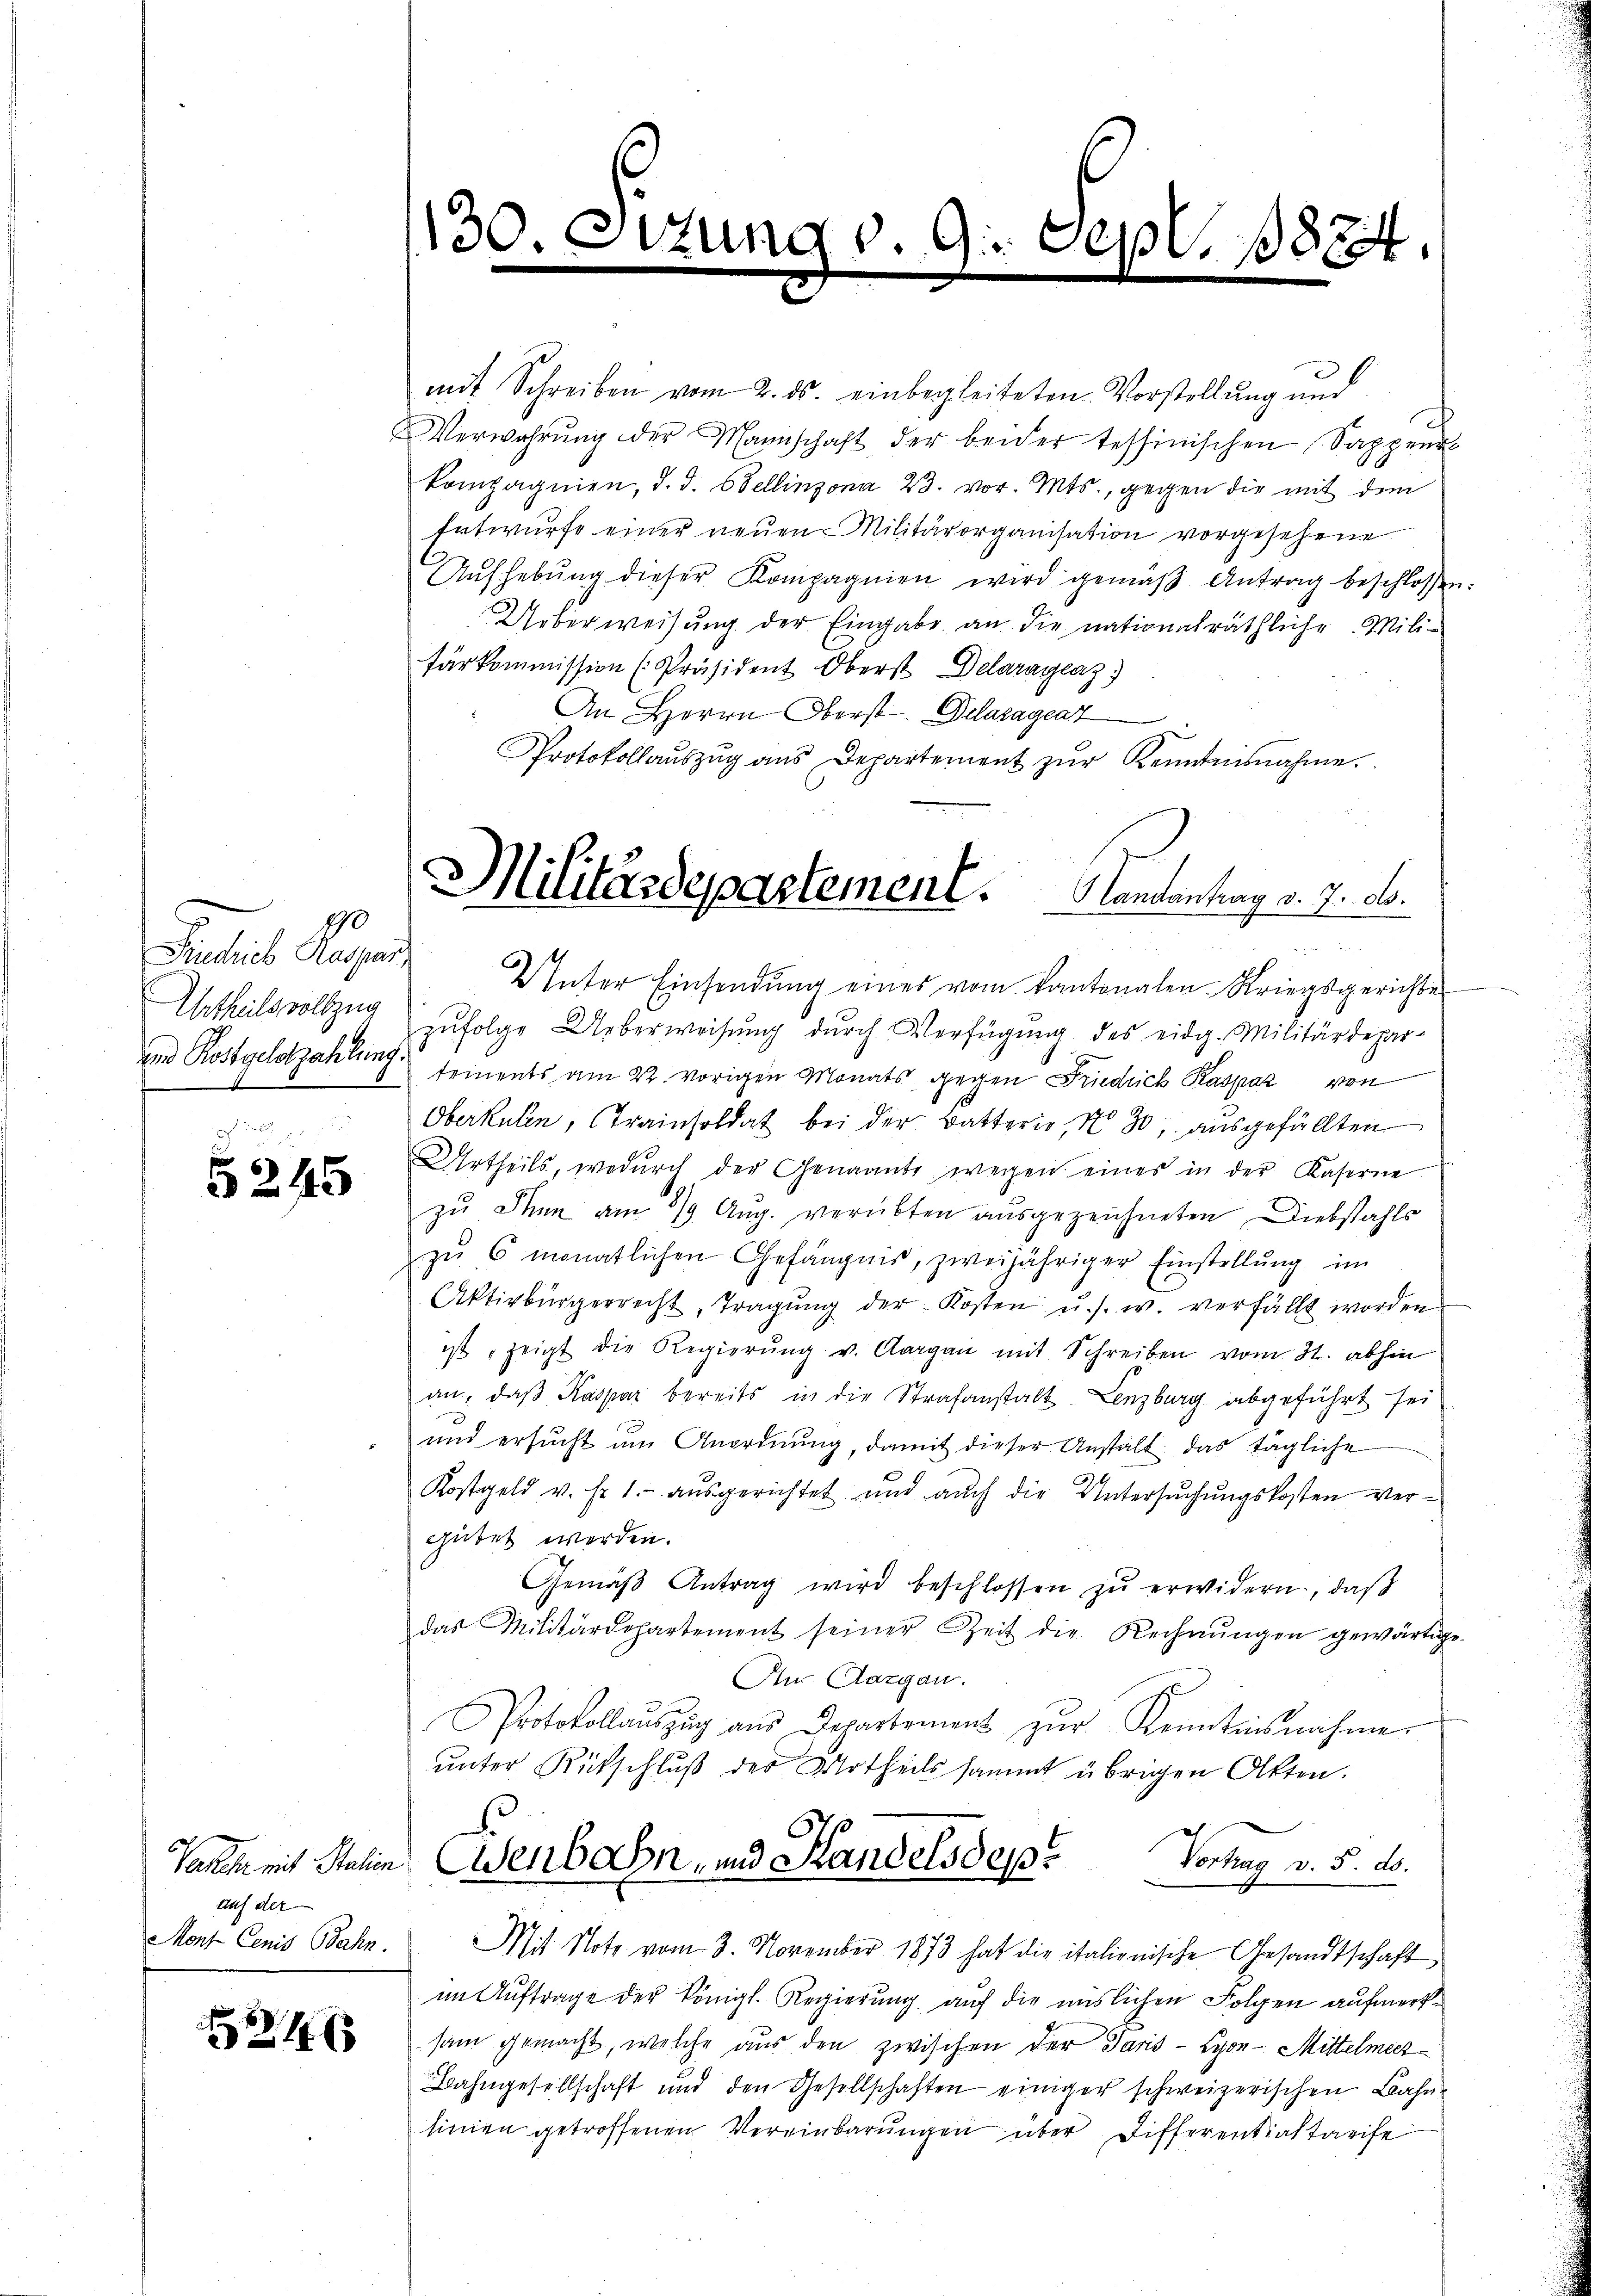
Pactus Pagen
Urtheilsvollzug
und Kostgeldzahlung.

5245

auf der
Mons Cenis Bahn.

1

mit Schreiben vom 2. ds. einbegleiteten Vorstellung und
Verwahrŭng der Mannschaft der beider tessinischen Sappeur
kompagnien, d. d. Bellinzona 23. vor. Mts., gegen die mit dem
Entwurfe einer neuen Militärorganisation vorgesehene
Aŭfhebŭng dieser Kompagnien wird gemäβ Antrag beschlossen:
Ueberweisung der Eingabe an die nationalräthliche Milifärkommission [Präsident Oberst Delarayeaz)
An Herrn Oberst. Delazageaz
Protokollaŭszŭg ans Departement zŭr Kenntnisnahme.

130

9. Sept. 1824.

Militärdepartement. Mandantrag v. 7. d.

2 2
Unter Einsendung eines vom Kantonalen Kriegsgerichter
zufolge Ueberweisung durch Verfügung des eidg. Militärdepartements am 22. vorigen Monats gegen Friedrich Kaspar von
2.
Oberkulen, Trainsoldat bei der Battern, No 30, ausgefällten
Urtheils, wodŭrch der Genannte wegen eines in der Kaserne
zu Thun am 8/9 Aug. verübten ausgezeichneten Diebstahls
zŭ 6 monatlichen Gefängnis, zweijähriger Einstellung im
Aktivbürgerrecht, Tragŭng der Kosten u. s. w. verfällt worden
ist, zeigt die Regierŭng v. Aargau mit Schreiben vom 31. abhin
an, daβ Kaspar bereits in die Strafanstalt Lenzburg abgeführt sei
und ersŭcht ŭm Anordnŭng, damit dieser Anstalt das tägliche
Kostgeld v. fr. 1.- aŭsgerichtet und aŭch die Untersŭchŭngskosten ver-
gütet werden.
Gemäβ Antrag wird beschlossen zŭ erwidern, daß
das Militärdepartement seiner Zeit die Rechnŭngen gewärtige
Au. Aargau.
Protokollaŭszŭg aŭs Departement zŭr Kenntnisnahme
ŭnter Rückschlŭβ der Urtheils sammt übrigen Akten.
Valen mit Italien denbahn- und Handelsdep. Vortrag v. 5. ds.
Mit Note vom 3. November 1873 hat die italienische Gesandtschaft
im Auftrage der Königl. Regierung auf die mislichen Folgen aufmerksam gemacht, welche aus den zwischen der Jaris - Lyon - Mittelmeez
Bahngesellschaft und den Gesellschaften einiger schweizerischen Bahnsinien getroffenen Vereinbarungen über Differentialtarife